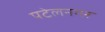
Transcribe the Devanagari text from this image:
पटेलनगर